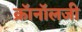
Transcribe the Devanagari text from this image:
क्रॉनॉलजी